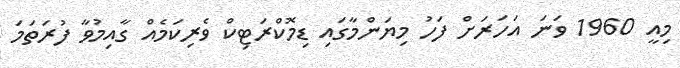
މިއީ 1960 ވަނަ އަހަރަށް ފަހު މިޔަންމާގައި ޑިމޮކްރަޓިކް ވެރިކަމެއް ގާއިމުވާ ފުރަތަމަ